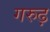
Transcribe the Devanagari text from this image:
गरुढ़